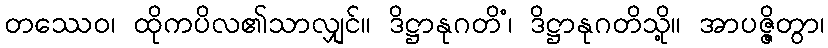
တဿေဝ၊ ထိုကပိလ၏သာလျှင်။ ဒိဋ္ဌာနုဂတိံ၊ ဒိဋ္ဌာနုဂတိသို့။ အာပဇ္ဇိတွာ၊